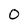
Character: 0